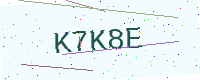
Text: K7K8E